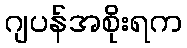
ဂျပန်အစိုးရက